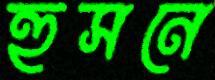
হুসনে